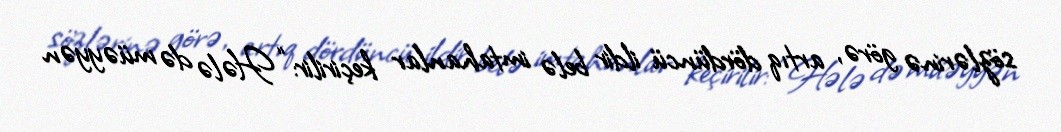
sözlərinə görə, artıq dördüncü ildir belə imtahanlar keçirilir: “Hələ də müəyyən